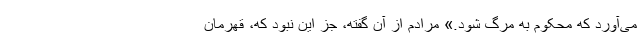
می‌آورد که محکوم به مرگ شود.» مرادم از آن گفته، جز این نبود که، قهرمان